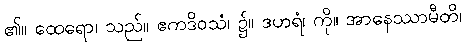
၏။ ထေရော၊ သည်။ ဧကဒိဝသံ၊ ၌။ ဒဟရံ၊ ကို။ အာနေဿာမီတိ၊